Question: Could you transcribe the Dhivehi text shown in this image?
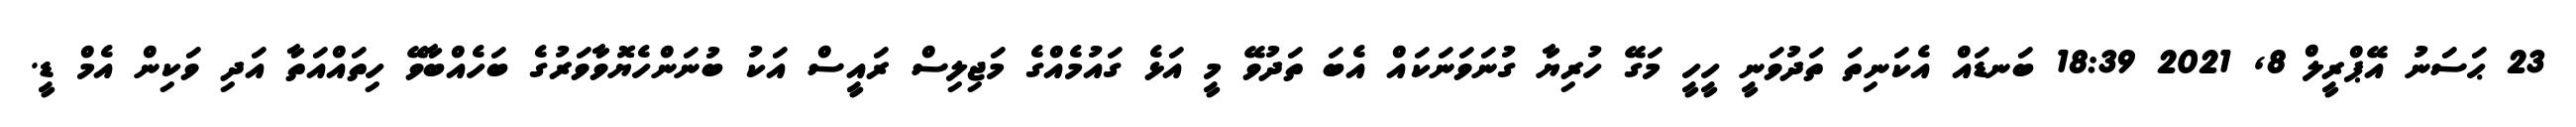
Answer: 23 ޙަސަނު އޭޕްރީލް 8, 2021 18:39 ބަނޑައް އެކަނިތަ ތަދުވަނީ ހީހީ މަގޭ ހުރިޔާ ގުނަވަނަކައް އެބަ ތަދުވޭ މީ އަޅެ ގައުމެއްގެ މަޖިލިސް ރައީސް އަކު ބުނަންހެޔޮވާވަރުގެ ބަހެއްބާވޭ ހިތައްއަތާ އަދި ވަކިން އެމް ޑީ.